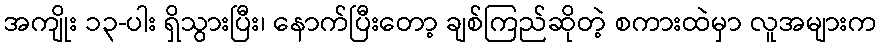
အကျိုး ၁၃-ပါး ရှိသွားပြီး၊ နောက်ပြီးတော့ ချစ်ကြည်ဆိုတဲ့ စကားထဲမှာ လူအများက